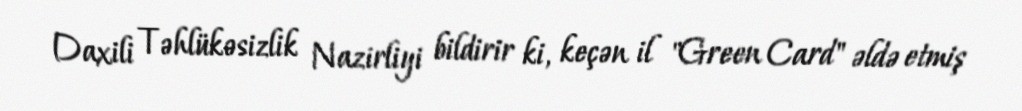
Daxili Təhlükəsizlik Nazirliyi bildirir ki, keçən il "Green Card" əldə etmiş